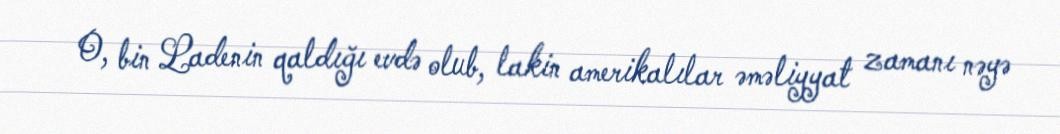
O, bin Ladenin qaldığı evdə olub, lakin amerikalılar əməliyyat zamanı nəyə